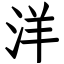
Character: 洋